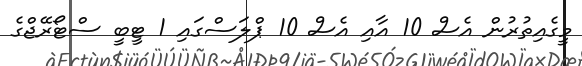
މީގެއިތުރުން އެސް 10 އާއި އެސް 10 ޕްލަސްގައި 1 ޓީބީ ސްޓޯރޭޖްގެ